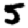
Digit: 5